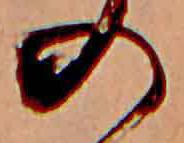
の